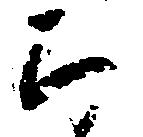
ち